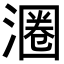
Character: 𬈨